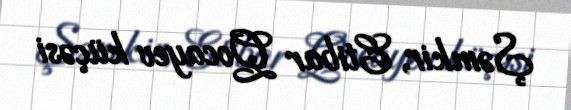
Şəmkir, Etibar Qocayev küçəsi